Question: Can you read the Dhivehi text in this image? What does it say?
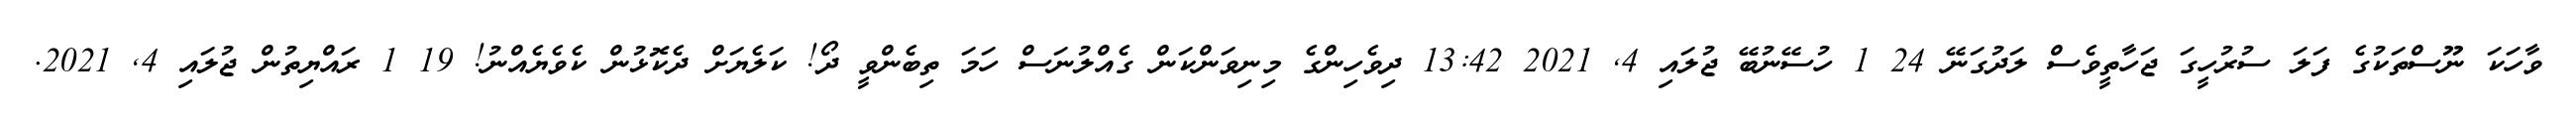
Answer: ވާހަކަ ނޫސްތަކުގެ ފަލަ ސުރުހީގަ ޖަހާތީވެސް ލަދުގަނޭ 24 1 ހުސޭނުބޭ ޖުލައި 4, 2021 13:42 ދިވެހިންގެ މިނިވަންކަން ގެއްލުނަސް ހަމަ ތިބެންވީ ދޯ! ކަލެޔަށް ދެކޮޅުން ކެވެޔެއްނު! 19 1 ރައްޔިތުން ޖުލައި 4, 2021.